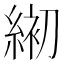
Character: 𦁅